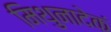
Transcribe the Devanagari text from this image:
मिथुनादेकं